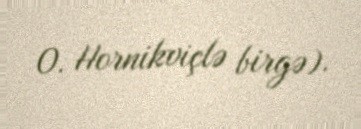
O. Hornikviçlə birgə).